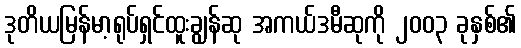
ဒုတိယမြန်မာ့ရုပ်ရှင်ထူးချွန်ဆု အကယ်ဒမီဆုကို ၂၀၀၃ ခုနှစ်၏